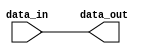
module lvcmos_buffer (
    input data_in,
    output data_out
);

assign data_out = data_in;

endmodule